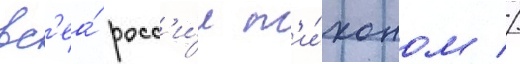
вс'еа́ росс'и́и т'и́хоном //